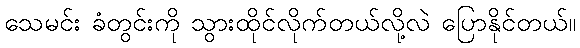
သေမင်း ခံတွင်းကို သွားထိုင်လိုက်တယ်လို့လဲ ပြောနိုင်တယ်။